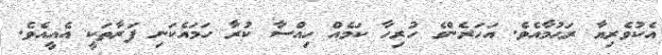
އެކުވެރިޔާ ރަޙުމާއެވެ. އަހަރެންގެ ހުރިހާ ކަމެއް ހިއްސާ ކުރާ ހަމައެކަނި ފަރާތަކީ އެއީއެވެ.